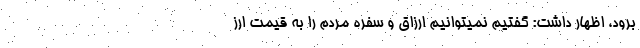
برود، اظهار داشت: گفتیم نمیتوانیم ارزاق و سفره مردم را به قیمت ارز